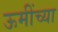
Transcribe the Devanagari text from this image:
ऊमींच्या